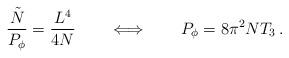
LaTeX: \begin{align*}\frac{{\tilde N}}{P_\phi}=\frac{L^4}{4N} \qquad \Longleftrightarrow\qquad P_\phi = 8 \pi^2 N T_3\, .\end{align*}